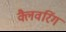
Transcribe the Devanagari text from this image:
क्लैवरिंग